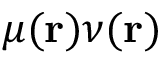
\mu ( \mathbf { r } ) \nu ( \mathbf { r } )